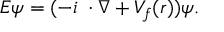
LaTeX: E \psi = ( - i { \bf \alpha } \cdot \nabla + V _ { f } ( r ) ) \psi .